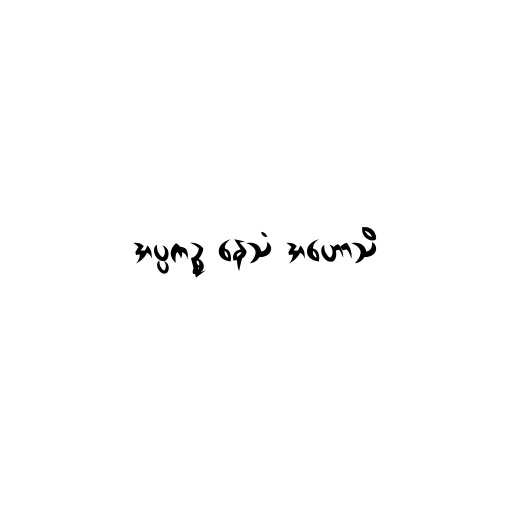
အပ္ပကဉ္စ နေသံ အဟောသိ